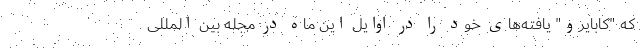
که "کابایرو" یافته‌های خود را در اوایل این ماه در مجله بین المللی